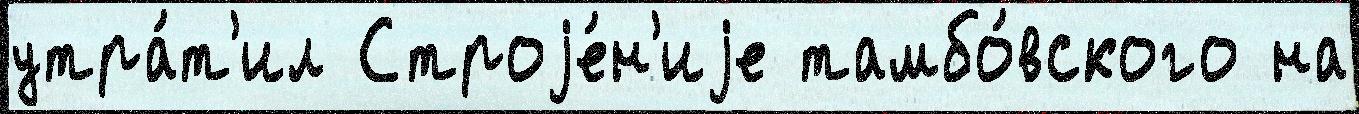
утра́т'ил Строjе́н'иjе тамбо́вского на